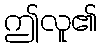
ဤလူ၏